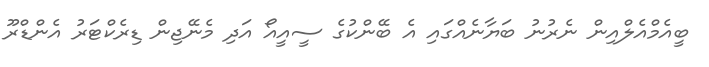
ބީއެމްއެލްއިން ނެރުނު ބަޔާނެއްގައި އެ ބޭންކުގެ ސީއީއޯ އަދި މެނޭޖިން ޑިރެކްޓަރު އެންޑްރޫ